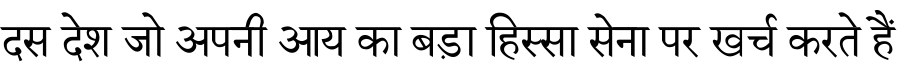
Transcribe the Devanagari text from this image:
दस देश जो अपनी आय का बड़ा हिस्सा सेना पर खर्च करते हैं